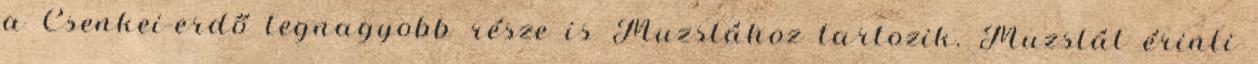
a Csenkei-erdő legnagyobb része is Muzslához tartozik. Muzslát érinti